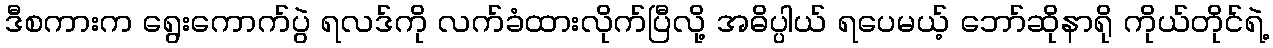
ဒီစကားက ရွေးကောက်ပွဲ ရလဒ်ကို လက်ခံထားလိုက်ပြီလို့ အဓိပ္ပါယ် ရပေမယ့် ဘော်ဆိုနာရို ကိုယ်တိုင်ရဲ့